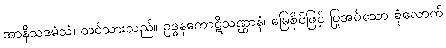
အာနိသဒမံသံ၊ တင်သားသည်။ ဥဒ္ဓနကောဋိသဏ္ဌာနံ၊ မြေစိုင်ဖြင့် ပြုအပ်သော ခုံလောက်